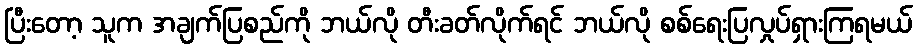
ပြီးတော့ သူက အချက်ပြစည်ကို ဘယ်လို တီးခတ်လိုက်ရင် ဘယ်လို စစ်ရေးပြလှုပ်ရှားကြရမယ်